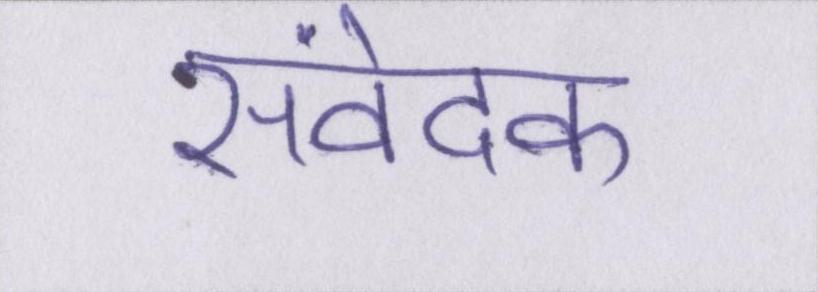
संवेदक